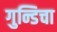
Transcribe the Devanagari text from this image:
गुन्डिचा